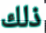
ذلك